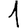
Digit: 1